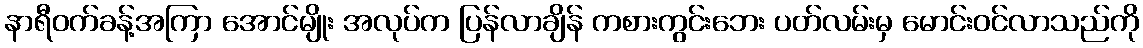
နာရီဝက်ခန့်အကြာ အောင်မျိုး အလုပ်က ပြန်လာချိန် ကစားကွင်းဘေး ပတ်လမ်းမှ မောင်းဝင်လာသည်ကို